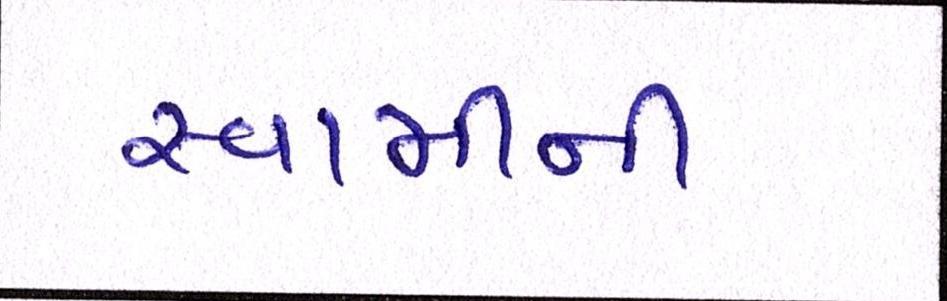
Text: સ્વામીની